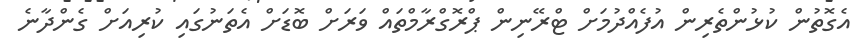
އެގޮތުން ކުޅުންތެރިން އުފެއްދުމަށް ޓްރޭނިން ޕްރޮގްރާމްތައް ވަރަށް ބޮޑަށް އެތަނުގައި ކުރިއަށް ގެންދާނެ